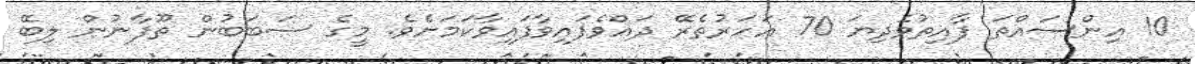
10 އިންސައްތަ ފާއިތުވެދިޔަ 70 އަހަރުތެރޭ ދައްވެފައިވާފައިވާކަމަށެވެ. މީގެ ސަބަބުން ތޫފާނުން ލިބޭ